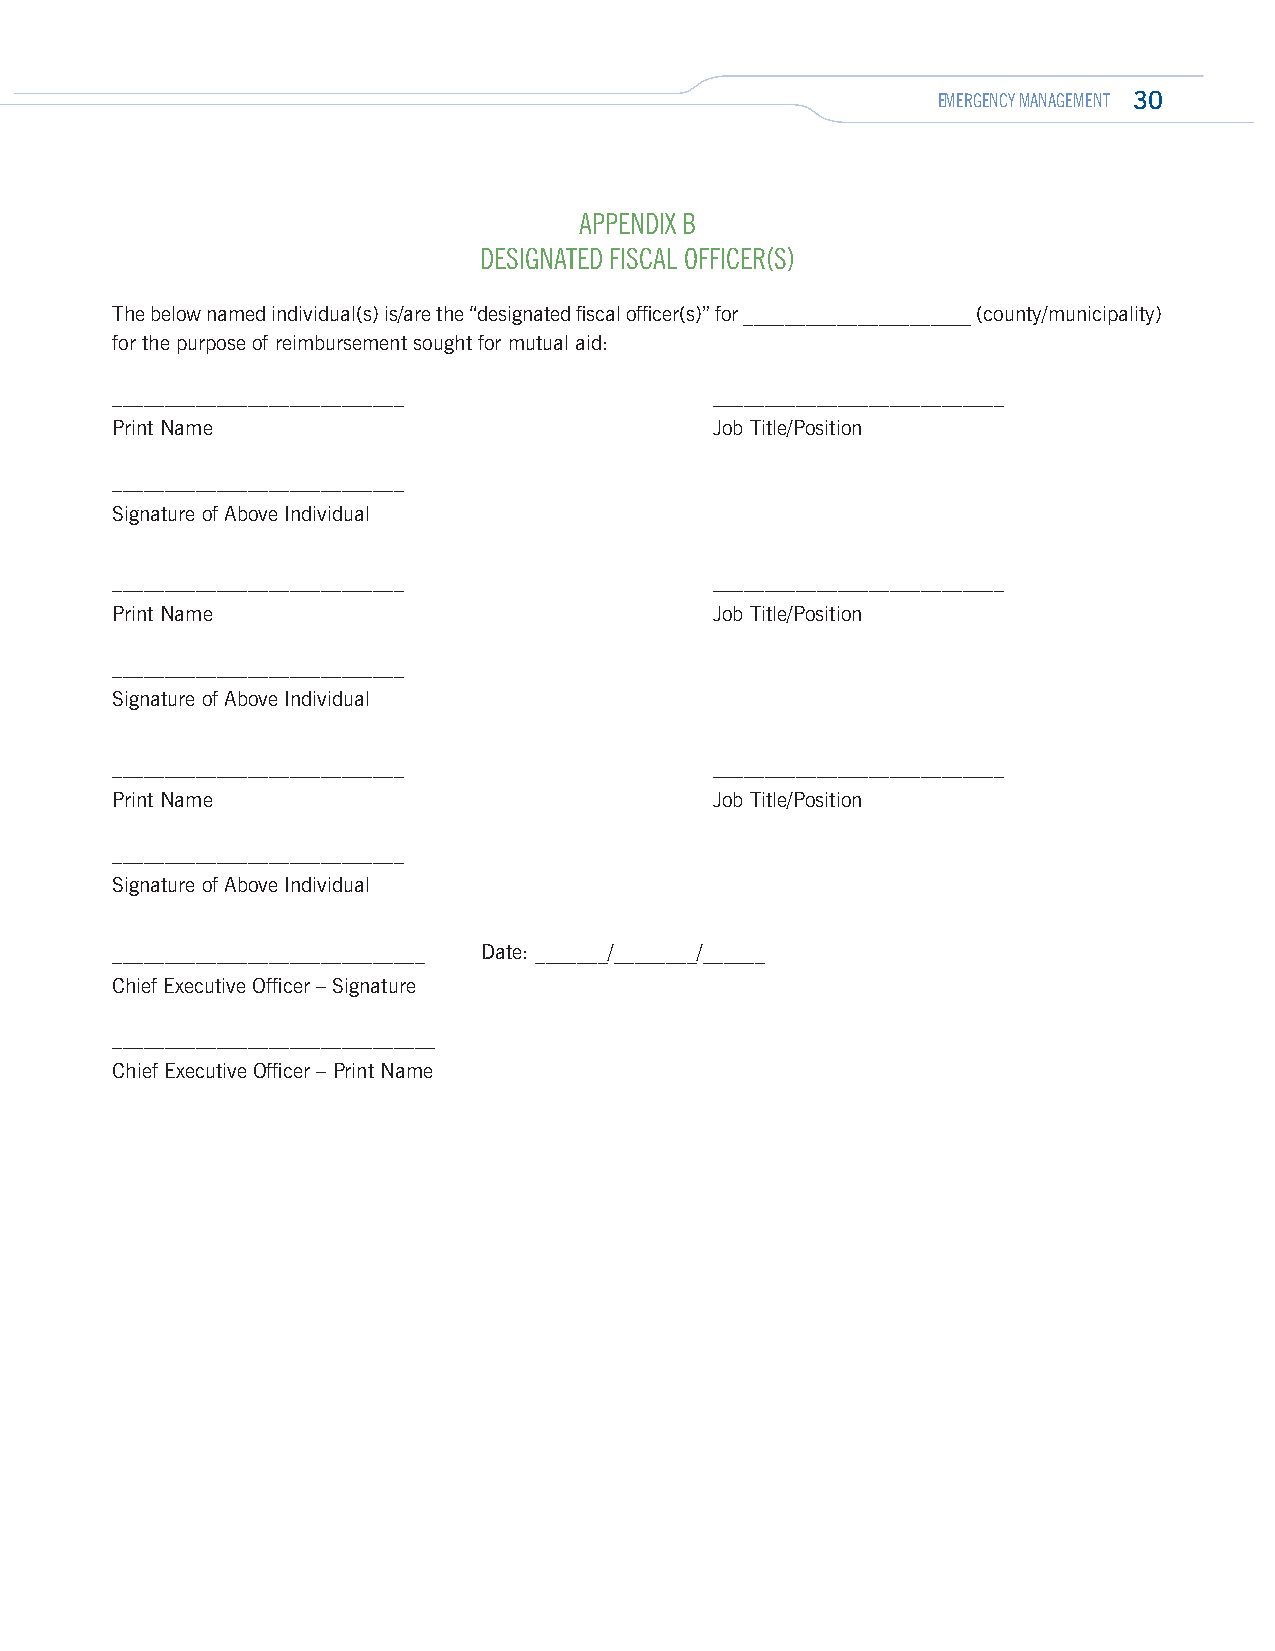
EMERGENCY MANAGEMENT 30
 APPENDIX B
 DESIGNATED FISCAL OFFICER(S)
 The below named individual(s) is/are the “designated fiscal officer(s)” for ______________________ (county/municipality)
 for the purpose of reimbursement sought for mutual aid:
 ____________________________            ____________________________
 Print Name                              Job Title/Position
 ____________________________
 Signature of Above Individual
 ____________________________            ____________________________
 Print Name                              Job Title/Position
 ____________________________
 Signature of Above Individual
 ____________________________            ____________________________
 Print Name                              Job Title/Position
 ____________________________
 Signature of Above Individual
 ______________________________ Date: _______/________/______
 Chief Executive Officer – Signature
 _______________________________
 Chief Executive Officer – Print Name